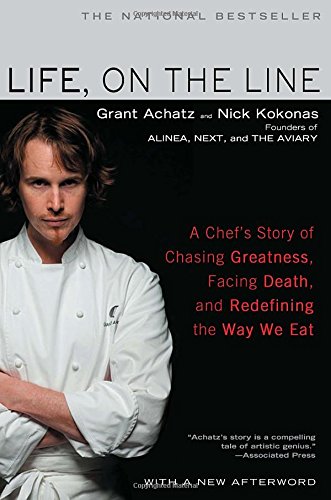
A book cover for Life, on the Line: A Chef's Story of Chasing Greatness, Facing Death, and Redefining the Way We Eat; Grant Achatz; Cookbooks, Food & Wine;